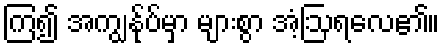
ကြ၍ အကျွန်ုပ်မှာ များစွာ အံ့ဩရလေ၏။